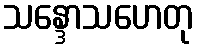
သန္ဒောသဟေတု